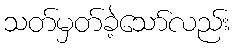
သတ်မှတ်ခဲ့သော်လည်း